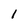
Character: 1